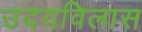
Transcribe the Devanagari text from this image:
उदयविलास